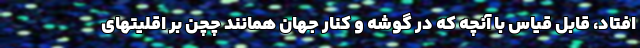
افتاد، قابل قیاس با آنچه که در گوشه و کنار جهان همانند چچن بر اقلیتهای